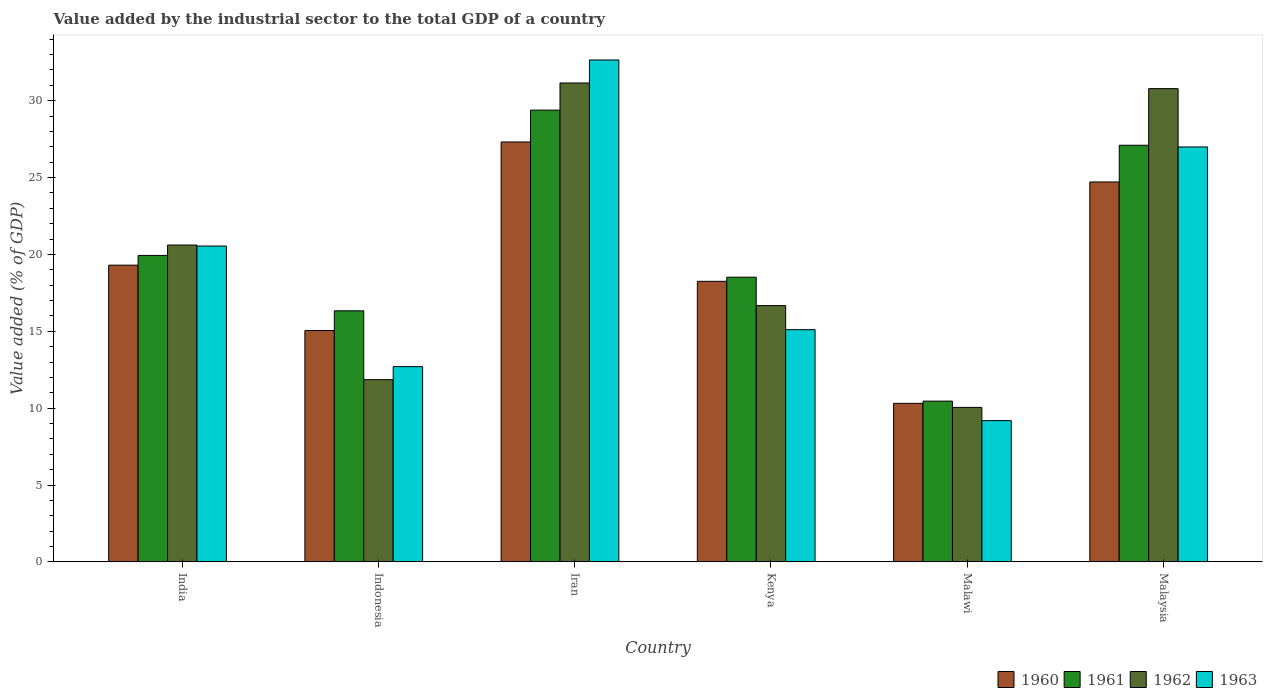
| Country | 1960 | 1961 | 1962 | 1963 |
 | --- | --- | --- | --- | --- |
 | India | 19.3 | 19.9 | 20.6 | 20.5 |
 | Indonesia | 15 | 16.3 | 11.9 | 12.7 |
 | Iran | 27.3 | 29.4 | 31.1 | 32.6 |
 | Kenya | 18.2 | 18.5 | 16.7 | 15.1 |
 | Malawi | 10.3 | 10.5 | 10 | 9.19 |
 | Malaysia | 24.7 | 27.1 | 30.8 | 27 |